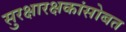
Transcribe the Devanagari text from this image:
सुरक्षारक्षकांसोबत